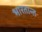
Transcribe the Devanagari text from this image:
भारतान्त